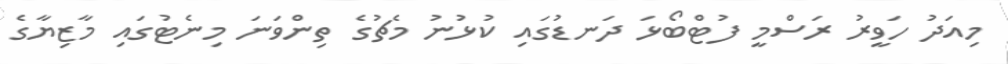
މިއަދު ހަވީރު ރަސްމީ ފުޓްބޯޅަ ދަނޑުގައި ކުޅުނު މެޗުގެ ތިންވަނަ މިނެޓުގައި މާޒިޔާގެ